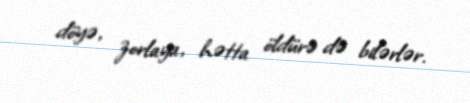
döyə, zorlaya, hətta öldürə də bilərlər.